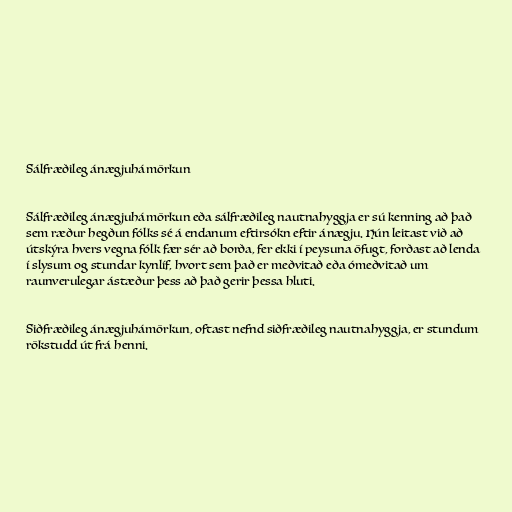
Sálfræðileg ánægjuhámörkun

Sálfræðileg ánægjuhámörkun eða sálfræðileg nautnahyggja er sú kenning að það
sem ræður hegðun fólks sé á endanum eftirsókn eftir ánægju. Hún leitast við að
útskýra hvers vegna fólk fær sér að borða, fer ekki í peysuna öfugt, forðast að lenda
í slysum og stundar kynlíf, hvort sem það er meðvitað eða ómeðvitað um
raunverulegar ástæður þess að það gerir þessa hluti.

Siðfræðileg ánægjuhámörkun, oftast nefnd siðfræðileg nautnahyggja, er stundum
rökstudd út frá henni.